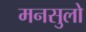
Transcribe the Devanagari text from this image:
मनसुलो